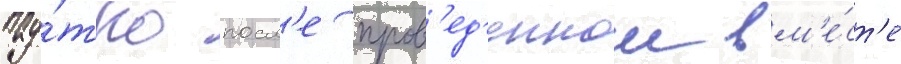
нау́тро посл'е пров'ед'еннои вм'е́ст'е